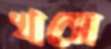
খসে